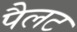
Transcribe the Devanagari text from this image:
पैलट